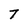
Character: 7